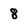
Character: 8